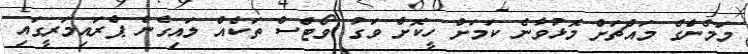
މަމެންގެ މައްޗަށް މޮޅުވާނެ ކަމަށް ހީކޮށް ވަގު ވޯޓްސް ތަކެއް ލައިގެން ޕްރައިމަރީގައި